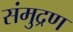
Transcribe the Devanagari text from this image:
संमुद्रण